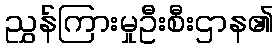
ညွှန်ကြားမှုဦးစီးဌာန၏